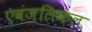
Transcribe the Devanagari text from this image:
एवंजलिकल